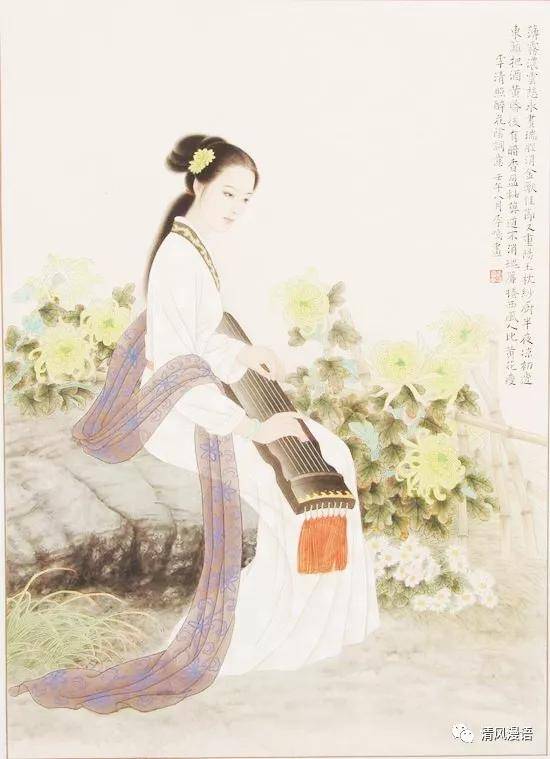
水流花谢两无情，送尽东风过楚城。